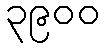
၃၉၀၀